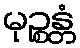
မုဉ္စန္တံ